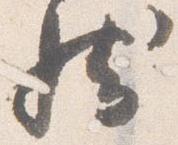
然